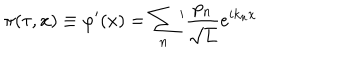
LaTeX: \pi ( \tau , x ) \equiv \varphi ^ { \prime } ( x ) = \sum _ { n } { } ^ { \prime } \frac { p _ { n } } { \sqrt { L } } e ^ { i k _ { n } x }